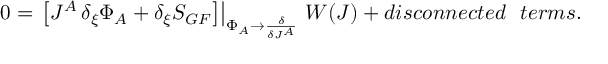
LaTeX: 0 = \left. \left[ J ^ { A } \, \delta _ { \xi } \Phi _ { A } + \delta _ { \xi } S _ { G F } \right] \right| _ { \Phi _ { A } \rightarrow \frac { \delta } { \delta J ^ { A } } } \, W ( J ) + d i s c o n n e c t e d ~ ~ t e r m s .